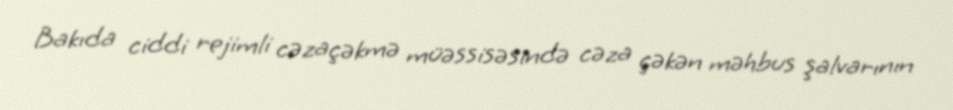
Bakıda ciddi rejimli cəzaçəkmə müəssisəsində cəza çəkən məhbus şalvarının